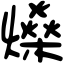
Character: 𤒇